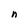
Character: n